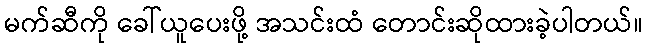
မက်ဆီကို ခေါ်ယူပေးဖို့ အသင်းထံ တောင်းဆိုထားခဲ့ပါတယ်။